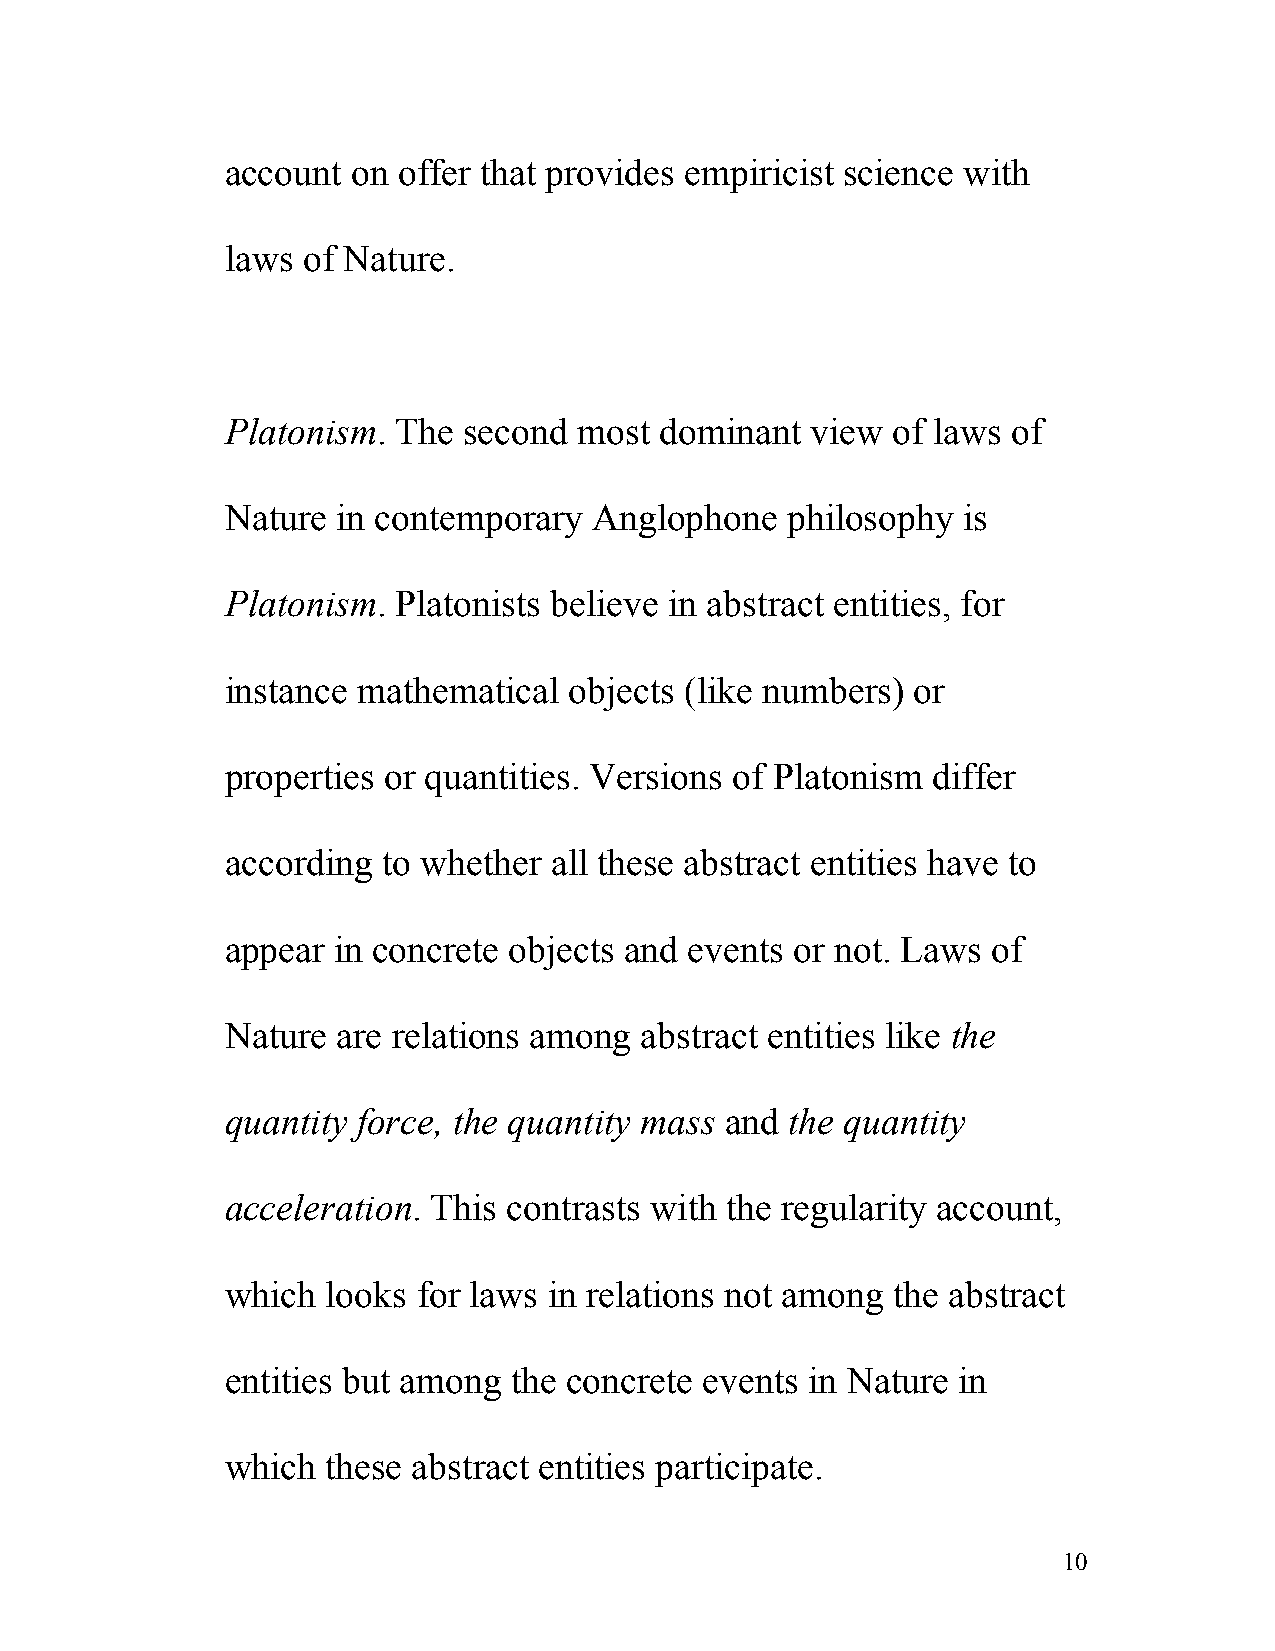
account on offer that provides empiricist science with
 laws of Nature.
 Platonism. The  second most  dominant  view of laws of
 Nature in contemporary  Anglophone   philosophy  is
 Platonism. Platonists believe in abstract entities, for
 instance mathematical  objects (like numbers) or
 properties or quantities. Versions of Platonism differ
 according to whether all these abstract entities have to
 appear in concrete objects and events or not. Laws of
 Nature are relations among abstract entities like the
 quantity force, the quantity mass and the quantity
 acceleration. This contrasts with the regularity account,
 which  looks for laws in relations not among the abstract
 entities but among the concrete events in Nature in
 which  these abstract entities participate.
 10